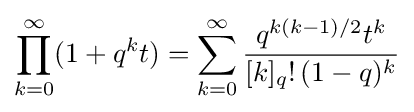
\prod _{k=0}^{\infty }(1+q^{k}t)=\sum _{k=0}^{\infty }{\frac {q^{k(k-1)/2}t^{k}}{[k]_{q}!\,(1-q)^{k}}}